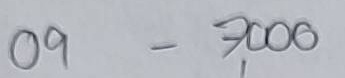
09 = 7,000